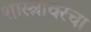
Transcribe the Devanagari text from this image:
शास्त्रावरचा